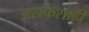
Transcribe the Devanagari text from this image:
असफशाही